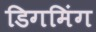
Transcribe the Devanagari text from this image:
डिगमिंग